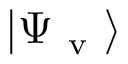
| \Psi _ { \mathrm { ~ v ~ } } \rangle